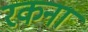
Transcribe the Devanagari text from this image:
रकना